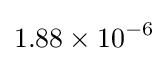
1.88\times 10^{-6}